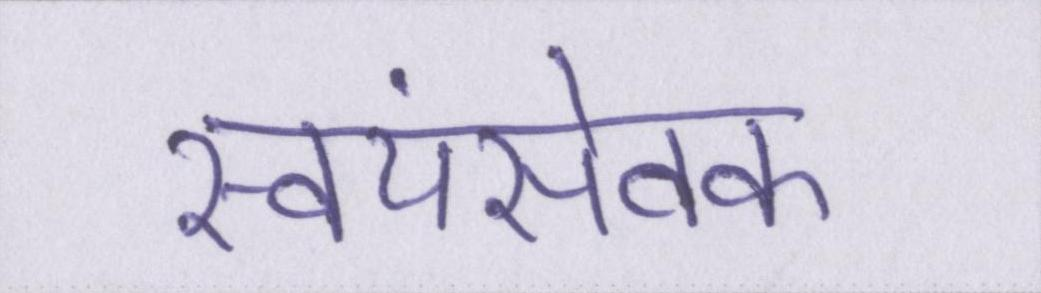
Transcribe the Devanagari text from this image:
स्वयंसेवक